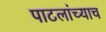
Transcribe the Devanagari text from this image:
पाटलांच्याच